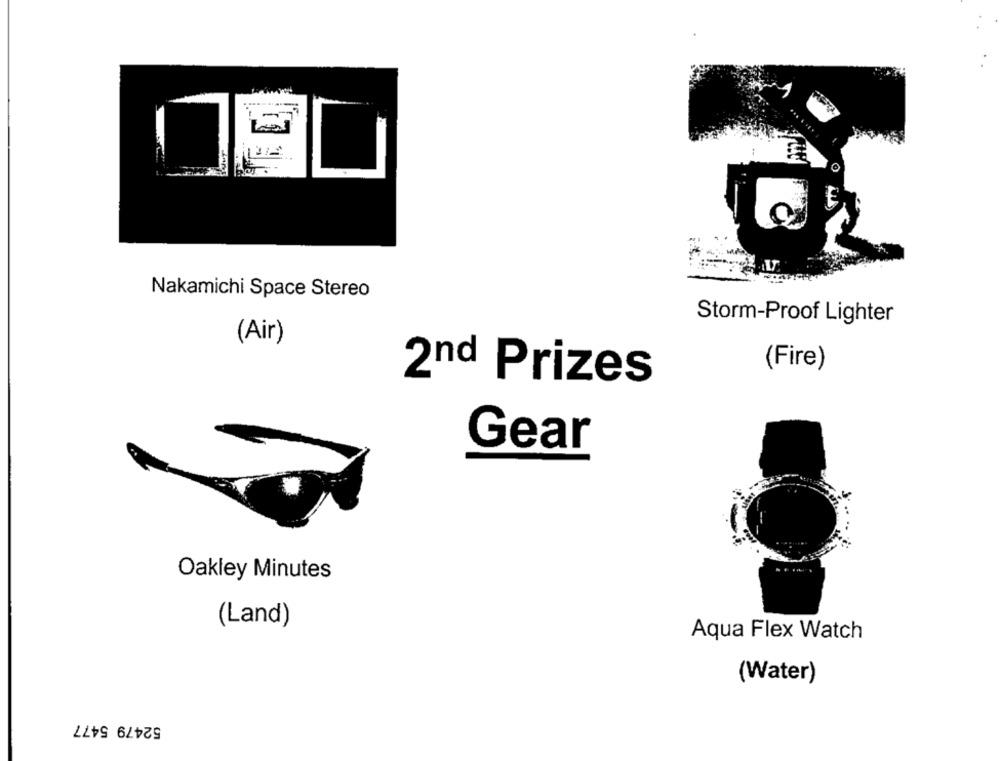
0
Nakamichi Space Stereo
Storm-Proof Lighter
(Air)
(Fire)
2nd Prizes
Gear
Oakley Minutes
(Land)
Aqua Flex Watch
(Water)
52479 5477